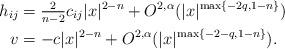
LaTeX: \begin{align*}h_{ij} &= \tfrac{2}{n-2} c_{ij} |x|^{2-n} + O^{2,\alpha}(|x|^{\max\{-2q, 1-n \}})\\v &= -c |x|^{2-n} + O^{2,\alpha}(|x|^{\max\{-2-q, 1-n \}}).\end{align*}